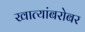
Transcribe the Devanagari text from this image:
खात्यांबरोबर